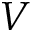
V